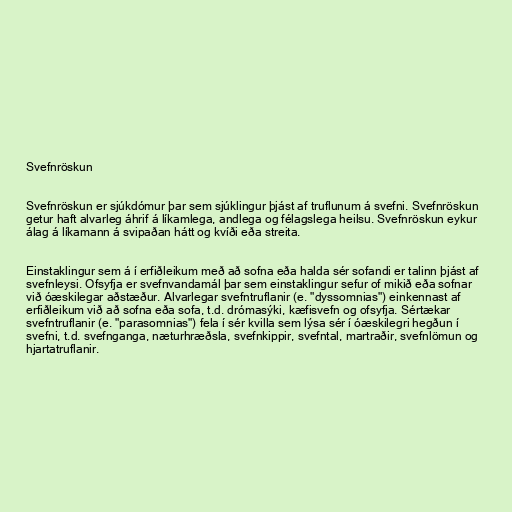
Svefnröskun

Svefnröskun er sjúkdómur þar sem sjúklingur þjást af truflunum á svefni. Svefnröskun
getur haft alvarleg áhrif á líkamlega, andlega og félagslega heilsu. Svefnröskun eykur
álag á líkamann á svipaðan hátt og kvíði eða streita.

Einstaklingur sem á í erfiðleikum með að sofna eða halda sér sofandi er talinn þjást af
svefnleysi. Ofsyfja er svefnvandamál þar sem einstaklingur sefur of mikið eða sofnar
við óæskilegar aðstæður. Alvarlegar svefntruflanir (e. "dyssomnias") einkennast af
erfiðleikum við að sofna eða sofa, t.d. drómasýki, kæfisvefn og ofsyfja. Sértækar
svefntruflanir (e. "parasomnias") fela í sér kvilla sem lýsa sér í óæskilegri hegðun í
svefni, t.d. svefnganga, næturhræðsla, svefnkippir, svefntal, martraðir, svefnlömun og
hjartatruflanir.